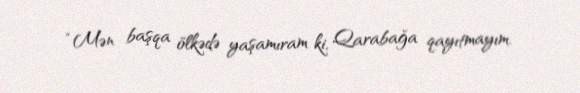
“Mən başqa ölkədə yaşamıram ki, Qarabağa qayıtmayım.